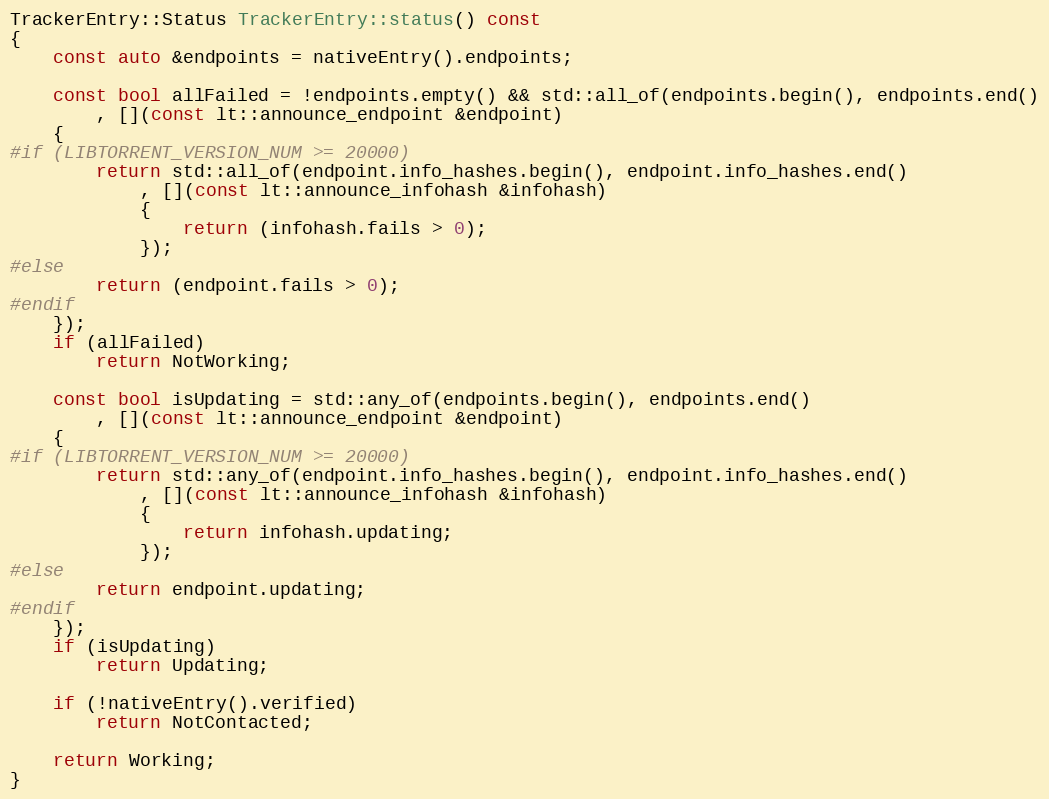
Language: C++
TrackerEntry::Status TrackerEntry::status() const
{
    const auto &endpoints = nativeEntry().endpoints;

    const bool allFailed = !endpoints.empty() && std::all_of(endpoints.begin(), endpoints.end()
        , [](const lt::announce_endpoint &endpoint)
    {
#if (LIBTORRENT_VERSION_NUM >= 20000)
        return std::all_of(endpoint.info_hashes.begin(), endpoint.info_hashes.end()
            , [](const lt::announce_infohash &infohash)
            {
                return (infohash.fails > 0);
            });
#else
        return (endpoint.fails > 0);
#endif
    });
    if (allFailed)
        return NotWorking;

    const bool isUpdating = std::any_of(endpoints.begin(), endpoints.end()
        , [](const lt::announce_endpoint &endpoint)
    {
#if (LIBTORRENT_VERSION_NUM >= 20000)
        return std::any_of(endpoint.info_hashes.begin(), endpoint.info_hashes.end()
            , [](const lt::announce_infohash &infohash)
            {
                return infohash.updating;
            });
#else
        return endpoint.updating;
#endif
    });
    if (isUpdating)
        return Updating;

    if (!nativeEntry().verified)
        return NotContacted;

    return Working;
}